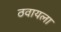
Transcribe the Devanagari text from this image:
ठवायला